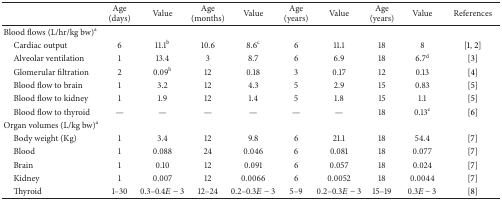
<table><thead><tr><td><b> </b></td><td><b>Age (days)</b></td><td><b>Value</b></td><td><b>Age (months)</b></td><td><b>Value</b></td><td><b>Age (years)</b></td><td><b>Value</b></td><td><b>Age (years)</b></td><td><b>Value</b></td><td><b>References</b></td></tr></thead><tbody><tr><td>Blood flows (L/hr/kg bw)<sup>a</sup></td><td> </td><td> </td><td> </td><td> </td><td> </td><td> </td><td> </td><td> </td><td> </td></tr><tr><td> Cardiac output</td><td>6</td><td>11.1<sup>b</sup></td><td>10.6</td><td>8.6<sup>c</sup></td><td>6</td><td>11.1</td><td>18</td><td>8</td><td>[1, 2]</td></tr><tr><td> Alveolar ventilation</td><td>1</td><td>13.4</td><td>3</td><td>8.7</td><td>6</td><td>6.9</td><td>18</td><td>6.7<sup>d</sup></td><td>[3]</td></tr><tr><td> Glomerular filtration</td><td>2</td><td>0.09<sup>b</sup></td><td>12</td><td>0.18</td><td>3</td><td>0.17</td><td>12</td><td>0.13</td><td>[4]</td></tr><tr><td> Blood flow to brain</td><td>1</td><td>3.2</td><td>12</td><td>4.3</td><td>5</td><td>2.9</td><td>15</td><td>0.83</td><td>[5]</td></tr><tr><td> Blood flow to kidney</td><td>1</td><td>1.9</td><td>12</td><td>1.4</td><td>5</td><td>1.8</td><td>15</td><td>1.1</td><td>[5]</td></tr><tr><td> Blood flow to thyroid</td><td>—</td><td>—</td><td>—</td><td>—</td><td>—</td><td>—</td><td>18</td><td>0.13<sup>e</sup></td><td>[6]</td></tr><tr><td>Organ volumes (L/kg bw)<sup>a</sup></td><td> </td><td> </td><td> </td><td> </td><td> </td><td> </td><td> </td><td> </td><td> </td></tr><tr><td> Body weight (Kg)</td><td>1</td><td>3.4</td><td>12</td><td>9.8</td><td>6</td><td>21.1</td><td>18</td><td>54.4</td><td>[7]</td></tr><tr><td> Blood</td><td>1</td><td>0.088</td><td>24</td><td>0.046</td><td>6</td><td>0.081</td><td>18</td><td>0.077</td><td>[7]</td></tr><tr><td> Brain</td><td>1</td><td>0.10</td><td>12</td><td>0.091</td><td>6</td><td>0.057</td><td>18</td><td>0.024</td><td>[7]</td></tr><tr><td> Kidney</td><td>1</td><td>0.007</td><td>12</td><td>0.0066</td><td>6</td><td>0.0052</td><td>18</td><td>0.0044</td><td>[7]</td></tr><tr><td> Thyroid</td><td>1–30</td><td>0.3–0.4<i>E</i> − 3</td><td>12–24</td><td>0.2–0.3<i>E</i> − 3</td><td>5–9</td><td>0.2–0.3<i>E</i> − 3</td><td>15–19</td><td>0.3<i>E</i> − 3</td><td>[8]</td></tr></tbody></table>